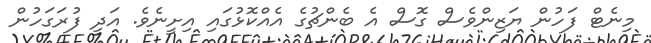
މިނެޓް ފަހުން ޔަޒިންވެސް ގޮސް އެ ބެންޗުގެ އެއްކޮޅުގައި އިށީނެވެ. އަދި ފުރަގަހުން